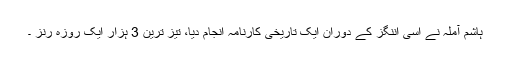
ہاشم آملہ نے اسی اننگز کے دوران ایک تاریخی کارنامہ انجام دیا، تیز ترین 3 ہزار ایک روزہ رنز ۔